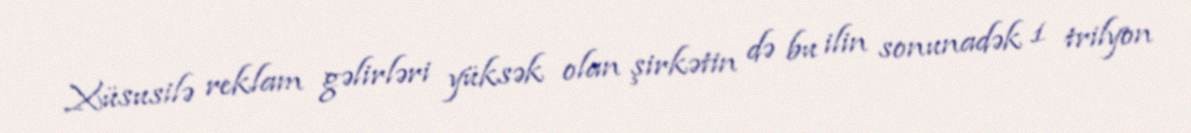
Xüsusilə reklam gəlirləri yüksək olan şirkətin də bu ilin sonunadək 1 trilyon